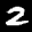
Label: 2